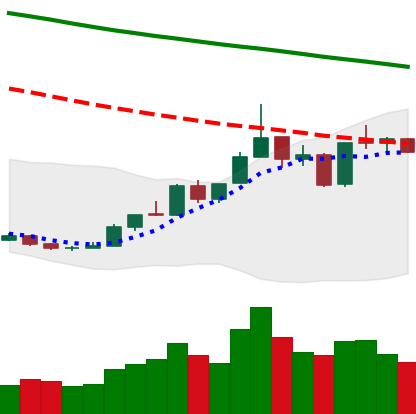
Ticker: ETH-USD
Chart end date: 2018-12-31
Forward return: 16.698%
Label: up_7plus